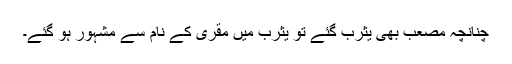
چنانچہ مصعب بھی یثرب گئے تو یثرب میں مُقْرِی کے نام سے مشہور ہو گئے۔